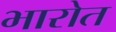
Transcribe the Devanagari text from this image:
भारोत